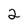
Character: 2